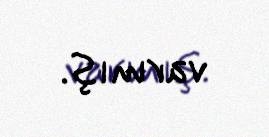
varmış.